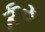
કૂરૂ